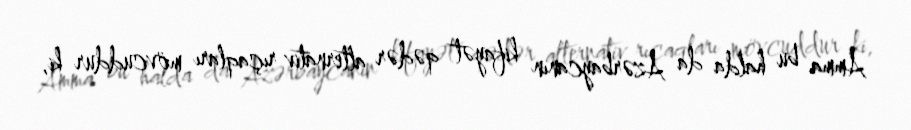
Amma bu halda da Azərbaycanın kifayət qədər alternativ rıçaqları mövcuddur ki,